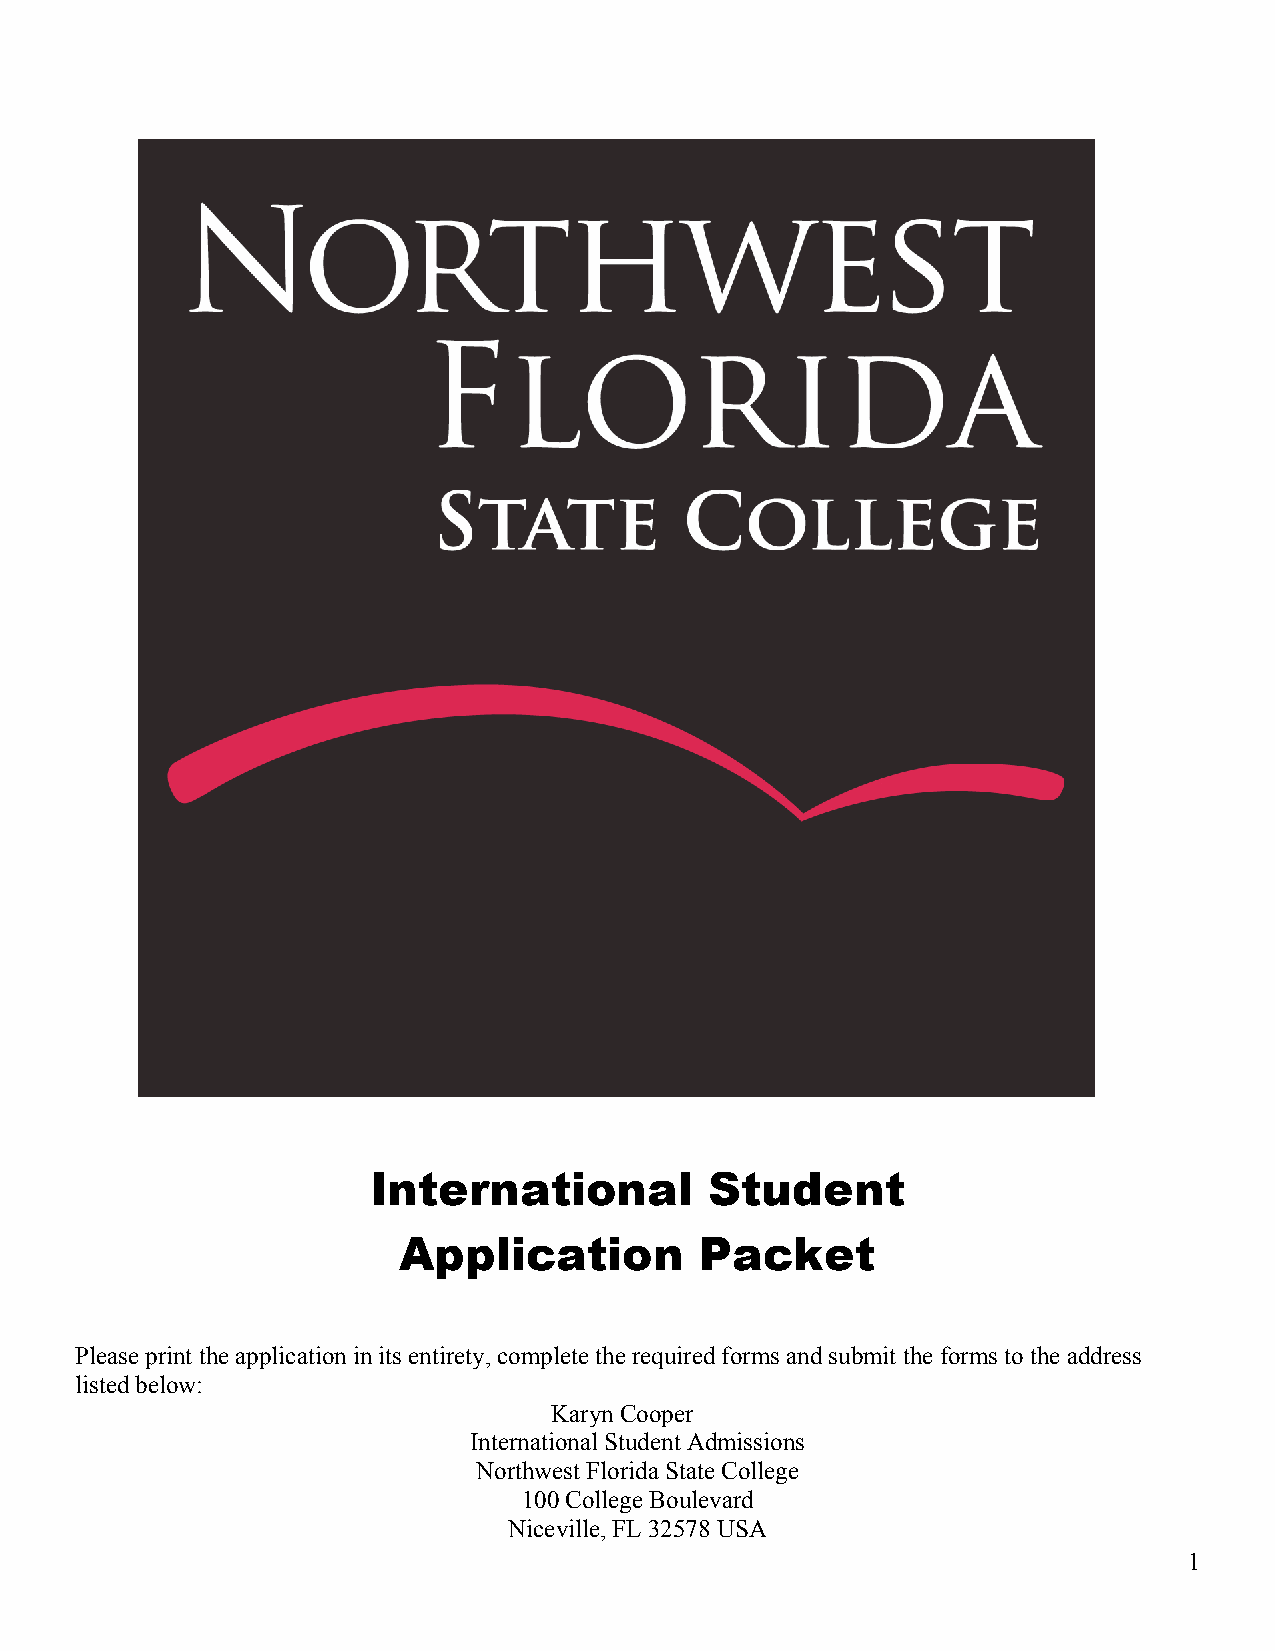
International         Student
 Application         Packet
 Please print the application in its entirety, complete the required forms and submit the forms to the address
 listed below:
 Karyn Cooper
 International Student Admissions
 Northwest Florida State College
 100 College Boulevard
 Niceville, FL 32578 USA
 1